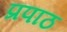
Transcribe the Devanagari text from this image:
प्रपाठ